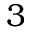
\boldsymbol { 3 }